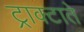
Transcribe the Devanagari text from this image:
ट्राक्टाते